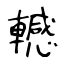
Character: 轗